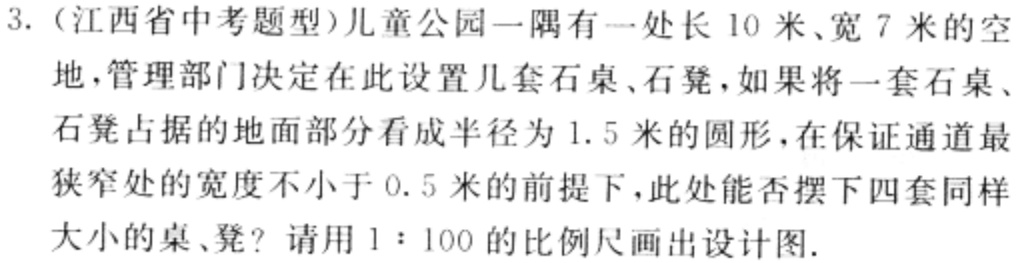
3.（江西省中考题型）儿童公园一隅有一处长 10 米、宽 7 米的空地，管理部门决定在此设置几套石桌、石凳，如果将一套石桌、石凳占据的地面部分看成半径为 1.5 米的圆形，在保证通道最狭窄处的宽度不小于 0.5 米的前提下，此处能否摆下四套同样大小的桌、凳？请用 1：100 的比例尺画出设计图.